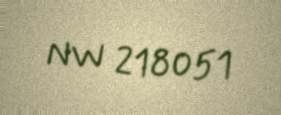
NW 218051